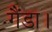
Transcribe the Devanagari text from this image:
गैंडा।